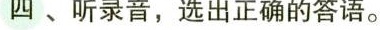
四 、听录音,选出正确的答语.